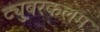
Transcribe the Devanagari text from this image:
ट्युबरकलम